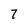
Character: 7